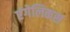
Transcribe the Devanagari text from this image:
एंगेलिकस